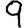
Digit: 9